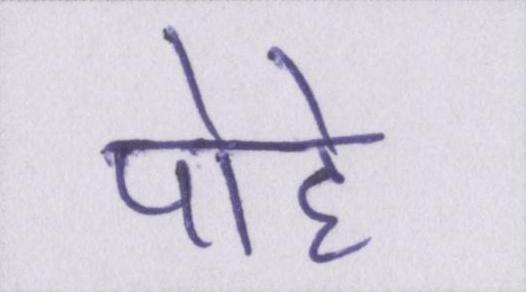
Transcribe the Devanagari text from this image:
पोहे